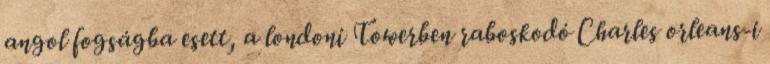
angol fogságba esett, a londoni Towerben raboskodó Charles orleans-i